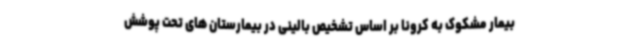
بیمار مشکوک به کرونا بر اساس تشخیص بالینی در بیمارستان های تحت پوشش